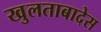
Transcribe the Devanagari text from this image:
खुलताबादेस